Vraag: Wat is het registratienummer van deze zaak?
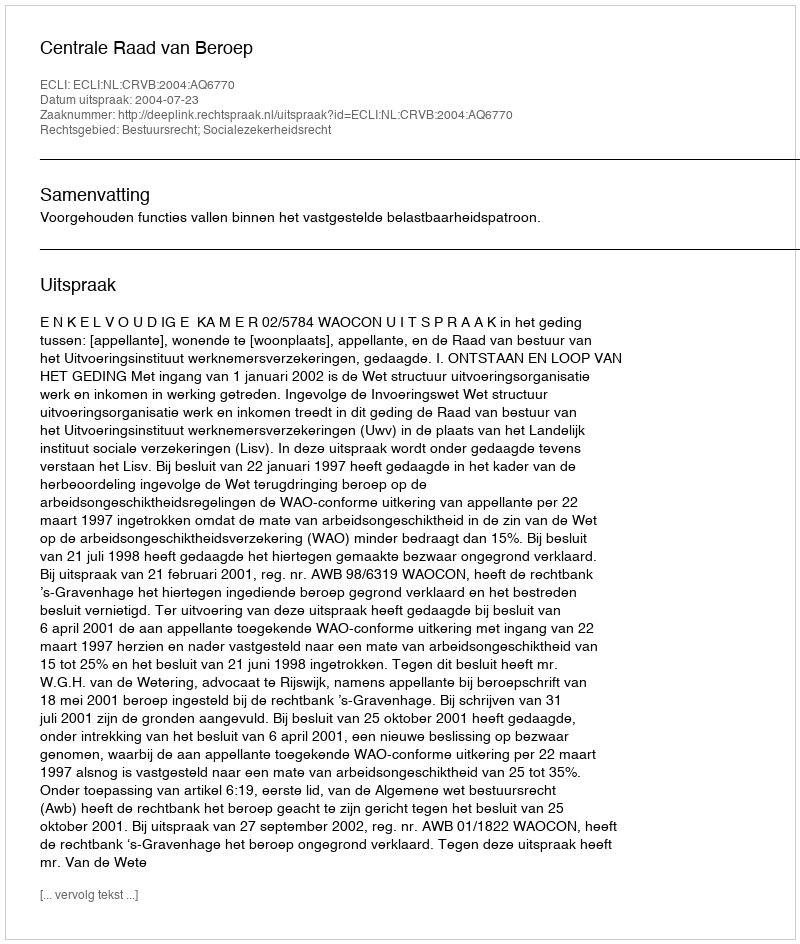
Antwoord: http://deeplink.rechtspraak.nl/uitspraak?id=ECLI:NL:CRVB:2004:AQ6770